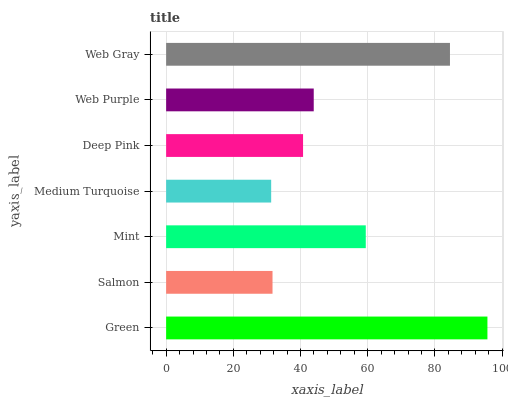
| yaxis_label | bars |
 | --- | --- |
 | Green | 95.6 |
 | Salmon | 31.7 |
 | Mint | 59.4 |
 | Medium Turquoise | 31.3 |
 | Deep Pink | 40.7 |
 | Web Purple | 43.9 |
 | Web Gray | 84.5 |